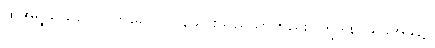
ထိုအရွယ်သည်။ ဂတမေဝ၊ လွန်သွားသည်သာတည်း။ ဣဒါနိ၊ ယခုအခါ၌။